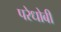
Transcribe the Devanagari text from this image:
परेधोबी